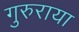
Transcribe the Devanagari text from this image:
गुरुराया